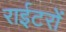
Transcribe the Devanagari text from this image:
राईटरों